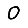
Digit: 0